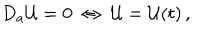
D _ { a } { \cal U } = 0 ~ \Leftrightarrow ~ { \cal U } = { \cal U } ( t ) \, ,